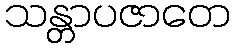
သန္တာပဇာတေ